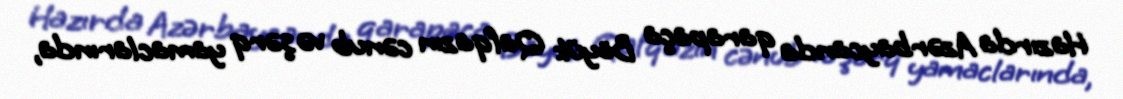
Hazırda Azərbaycanda qarapaça Böyük Qafqazın cənub və şərq yamaclarında,